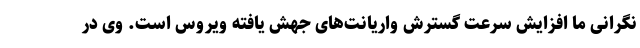
نگرانی ما افزایش سرعت گسترش واریانت‌های جهش یافته ویروس است. وی در